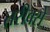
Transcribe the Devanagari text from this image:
तरीक्से